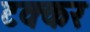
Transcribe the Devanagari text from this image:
टक्कर